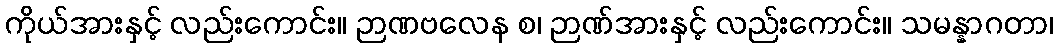
ကိုယ်အားနှင့် လည်းကောင်း။ ဉာဏဗလေန စ၊ ဉာဏ်အားနှင့် လည်းကောင်း။ သမန္နာဂတာ၊